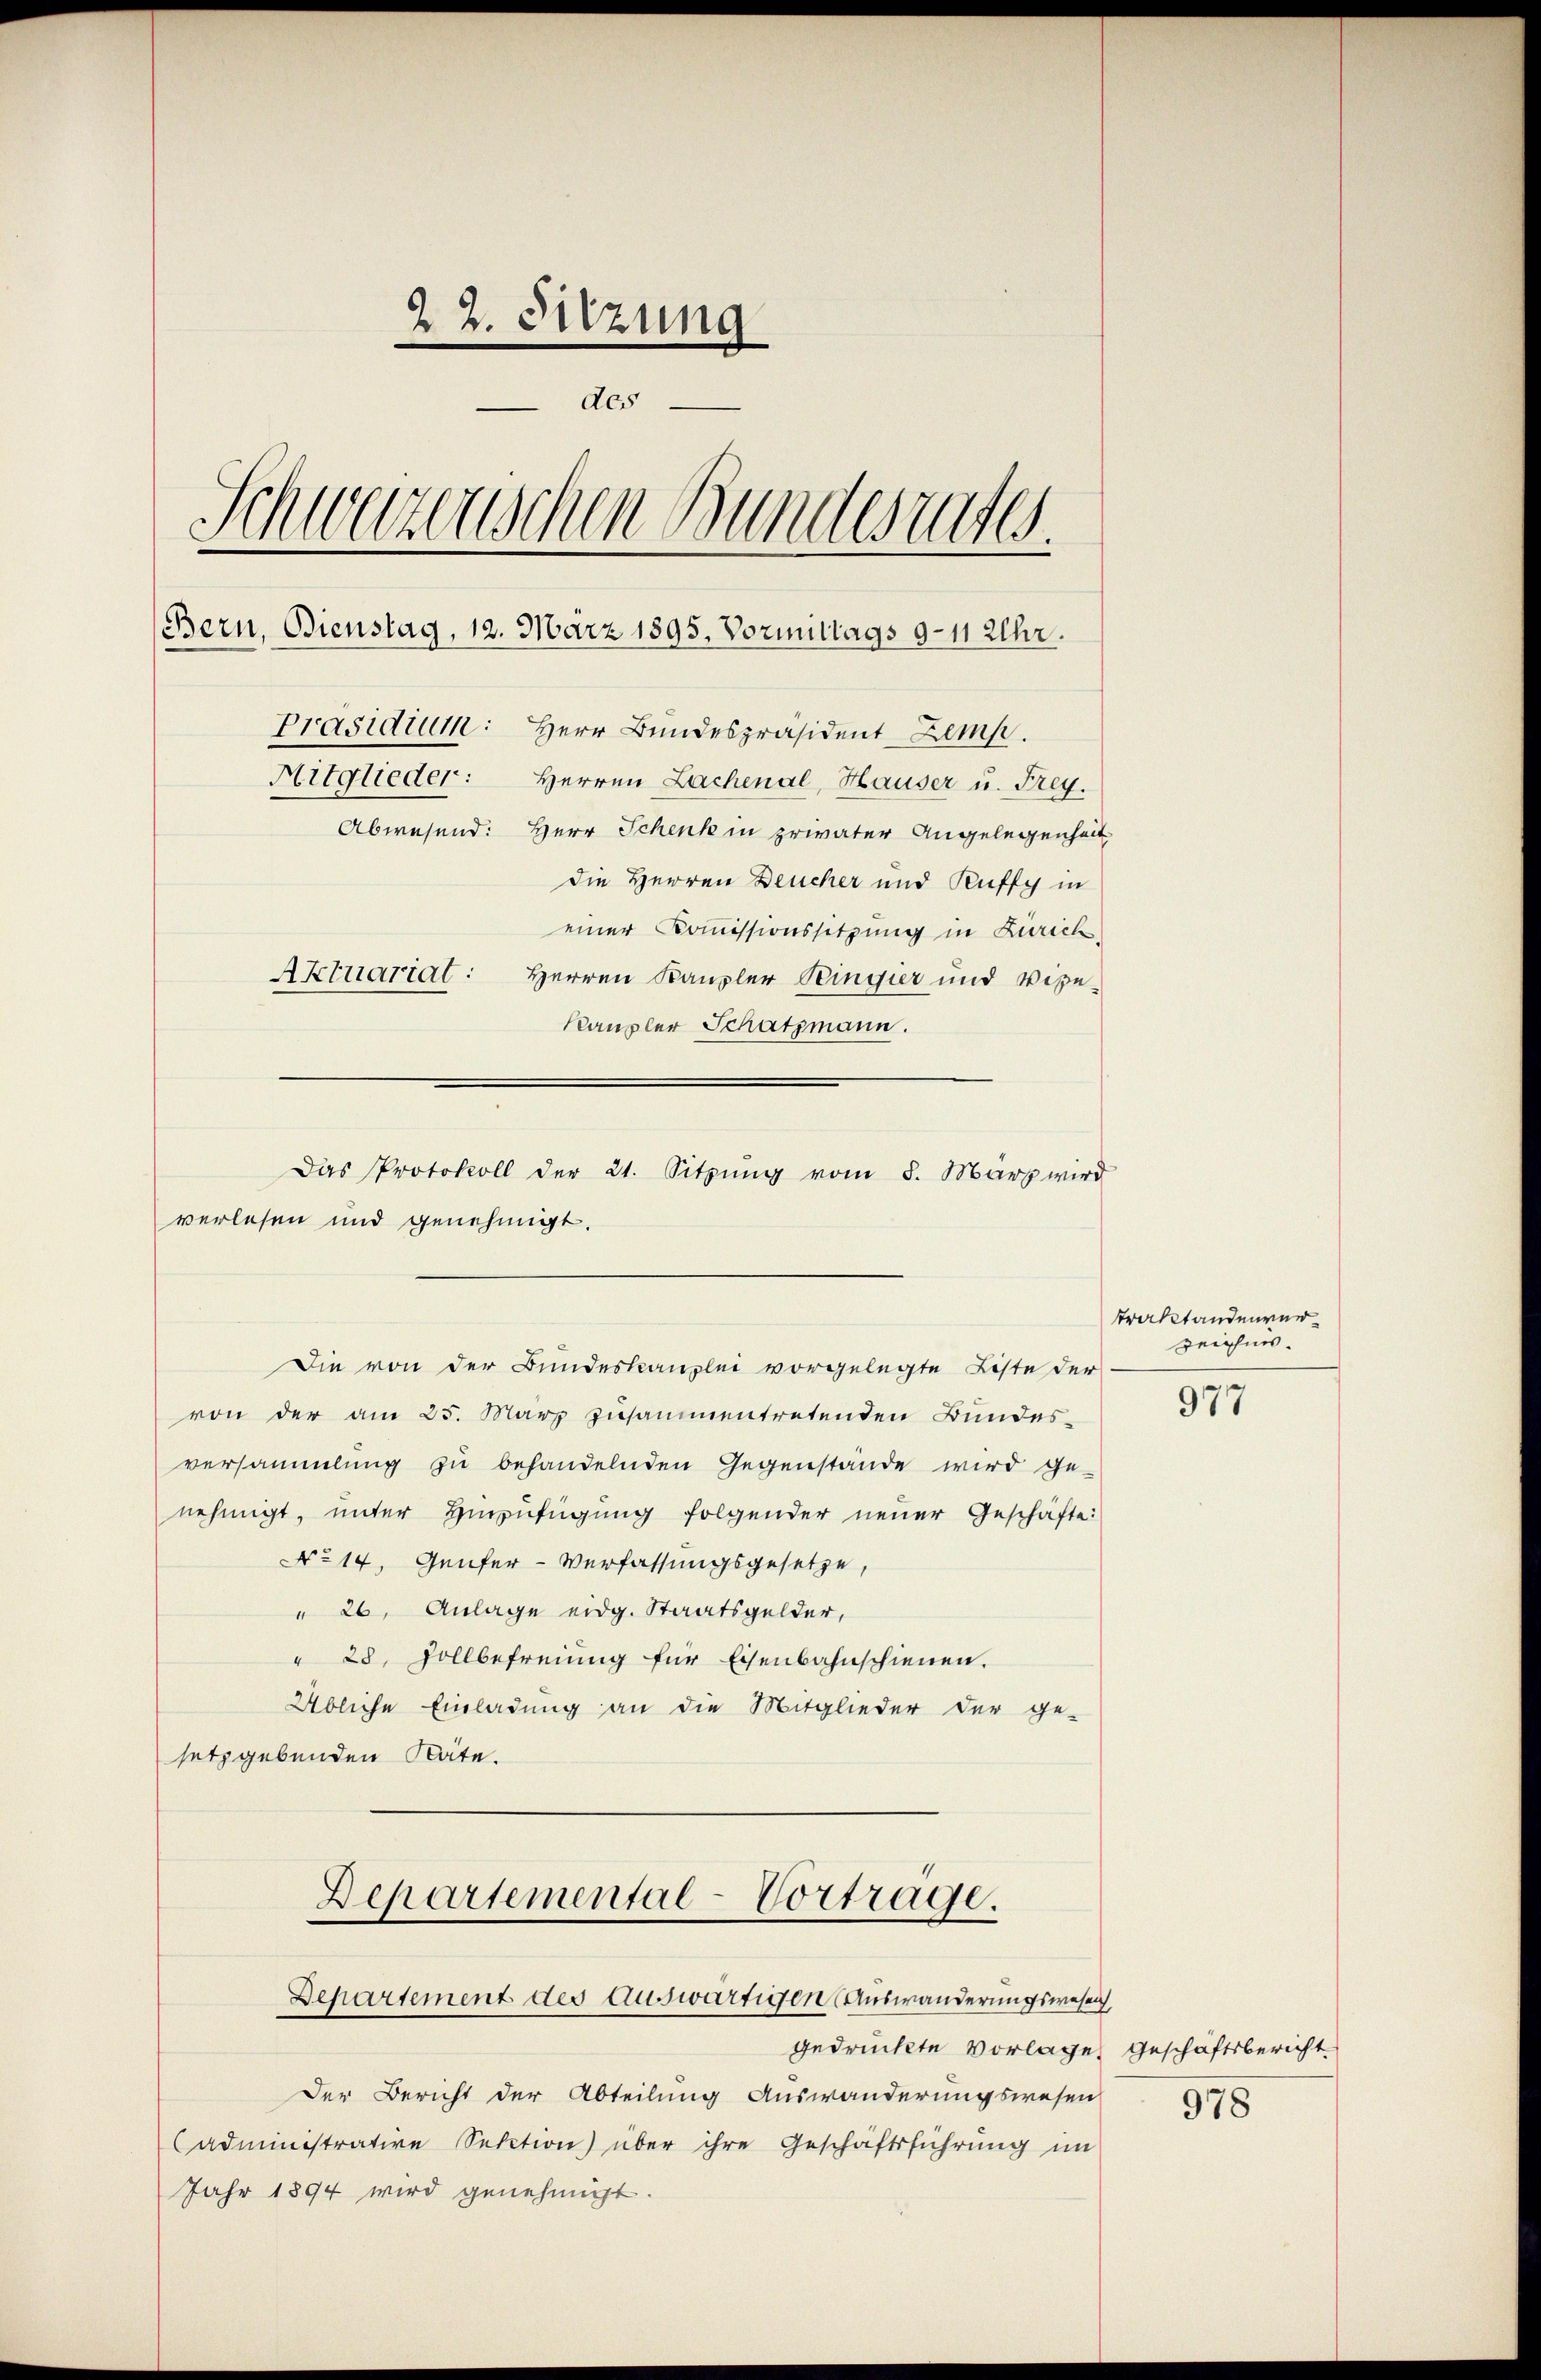
22. Sitzung
des
Schweizerischen Bundesrates.
Bern, Bienstag, 12. März 1895. Vormittags 9-11 Uhr.
Präsidium: Herr Bundespräsident Zemp.
Mitglieder: Herren Lachenal, Hauser u. Frey.
Abwesend: Herr Schenk in privater Angelegenheit
die Herren Deucher und Ruffy in
einer Kommissionssitzung in Zürich,
Aktuariat: Herren Kanzler Ringier und wiße
Kaupler Schatzmann.

verlesen und genehmigt.

Das Protokoll der 21. Sitzŭng vom 5. März wird

Die von der Bundeskanzlei vorgelegte Liste der
von der am 25. März zusammentretenden Bundesversammlung zu behandelnden Gegenstande wird ge-
nehmigt, unter Hinzufügung folgender neuer Geschäfte:
No 14. Genfer-Verfassungsgesetze,
" 26, Anlage eidg. Staatsgelder,
" 28. Zollbefreiung für Eisenbahnschienen.
Übliche Einladung an die Mitglieder der ge-
setzgebenden Säte.
Departemental-Vortrage.
Departement des Auswärtigen (Auswanderungswesen,
gedruckte Vorlage geschäftsbericht.
Der Bericht der Abteilung Auswanderungswesen
administrative Sektion über ihre Geschäftsführung im
Jahr 1894 wird genehmigt.

Traktandenver¬
Zeichnis.

977